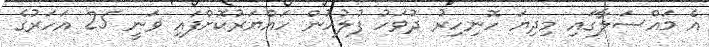
އެ މައްސަލާގައި މިދިޔަ ހޮނިހިރު ދުވަހު ފުލުހުން ހައްޔަރުކޮށްފައި ވަނީ 25 އަހަރުގެ